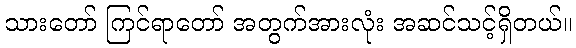
သားတော် ကြင်ရာတော် အတွက်အားလုံး အဆင်သင့်ရှိတယ်။